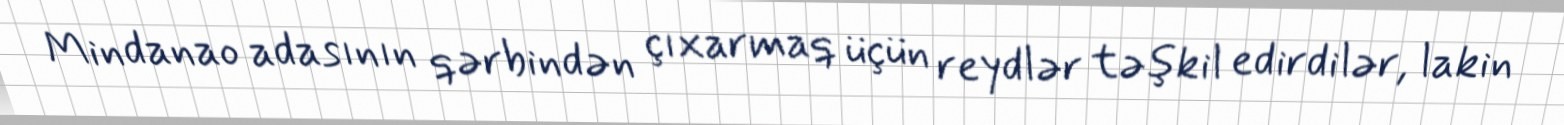
Mindanao adasının qərbindən çıxarmaq üçün reydlər təşkil edirdilər, lakin